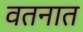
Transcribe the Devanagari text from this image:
वतनात